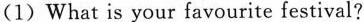
(1)What is your favourite festival?